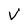
Character: V